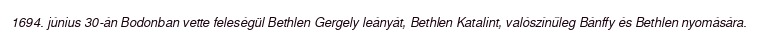
1694. június 30-án Bodonban vette feleségül Bethlen Gergely leányát, Bethlen Katalint, valószínűleg Bánffy és Bethlen nyomására.